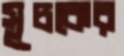
সূচকের